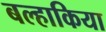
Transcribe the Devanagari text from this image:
बल्हाकिया